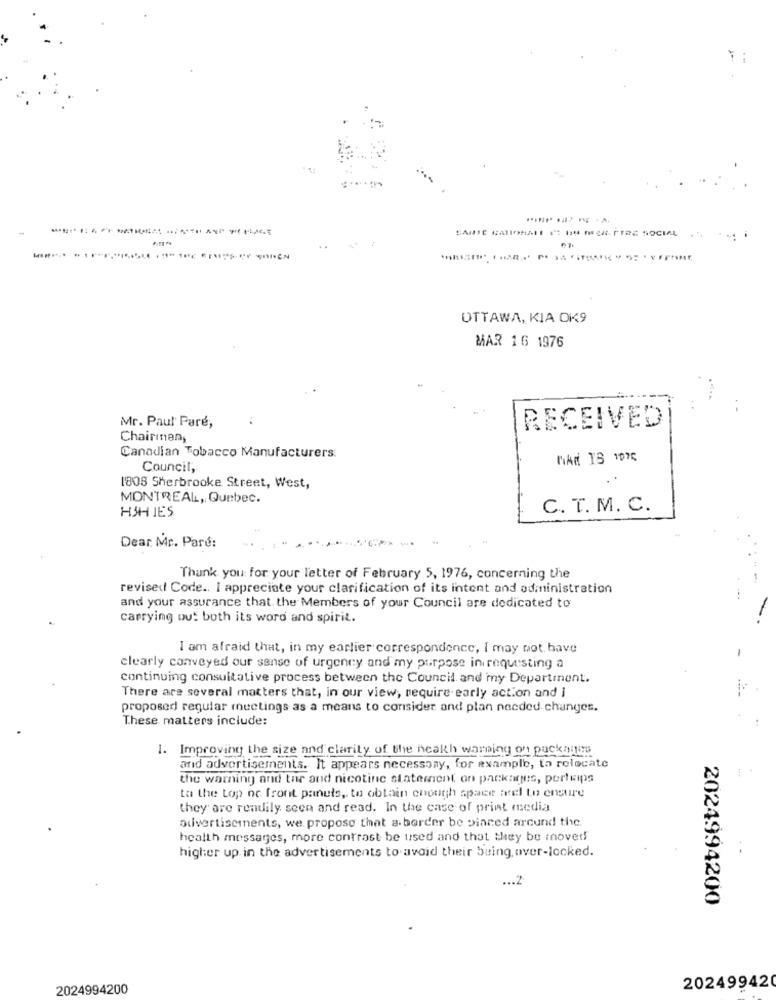
..
OTTAWA, KIA OKK9
MAR 16 1976
Mr. Paul Paré,
RECEIVED
Chairman,
Canadian Tobacco Manufacturers:
Council,
1808 Sherbrooke Street, West,
MONTREAL, Quebec.
C. T. M. C.
HSH IES
Dear Mr. Paré:
Thank you for your letter of February 5, 1976, concerning the
revised Code .. I appreciate your clarification of its intent and administration
and your assurance that the Members of your Council are dedicated to
carrying out both its word and spirit.
I am afraid that, in my earlier correspondence, I may not have
-
clearly conveyed our sense of urgency and my purpose in requesting a
continuing consultative process between the Council, and my Department.
There are several matters that, in our view, require early action and i
proposed regular meetings as a means to consider and plan needed changes.
These matters include:
1. Improving the size and clarity of the heakh warning on packages
and advertisements. It appears necessary, for example, to relocate
the warning and the and nicotine statement on packages, pertrips
to the top ne front panels ,. to obtain enough space nel to ensure
they are readily seen and read. In the case of print media
odivertisements, we propose that a border be pinned arcund the.
health messages, more contrast be used and that they be moved
higher up in the advertisements to avoid their being, over-locked.
... 2
2024994200
2024994200
202499420